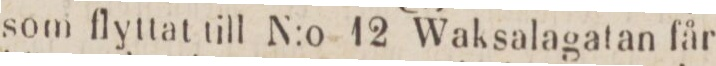
som flyttat till N:o 12 Waksalagatan får